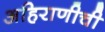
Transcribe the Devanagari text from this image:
अहिराणीची